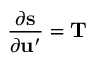
\frac { \partial \mathbf { s } } { \partial \mathbf { u } ^ { \prime } } = \mathbf { T }